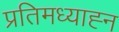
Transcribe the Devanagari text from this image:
प्रतिमध्याह्न